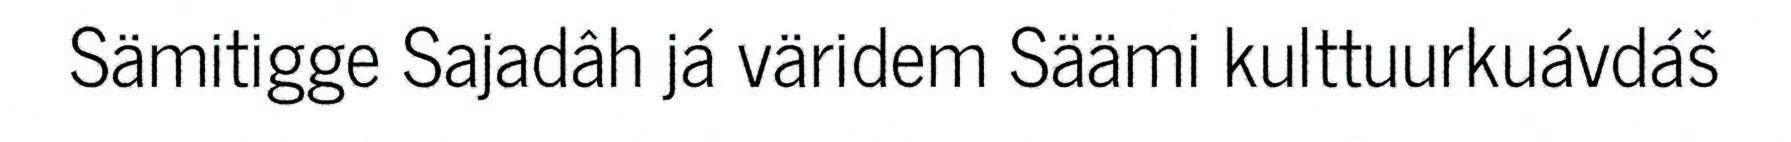
Sämitigge Sajadâh já väridem Säämi kulttuurkuávdáš